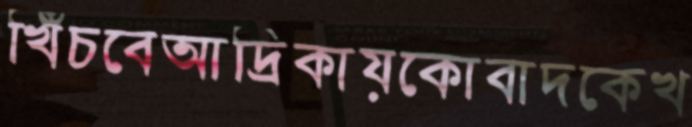
খিঁচবেআদ্রিকায়কোবাদকেখ